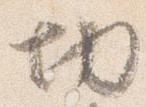
切